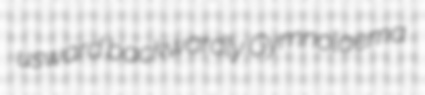
usward backwardly Gymnolaema